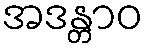
အဒန္တာဝ